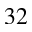
3 2